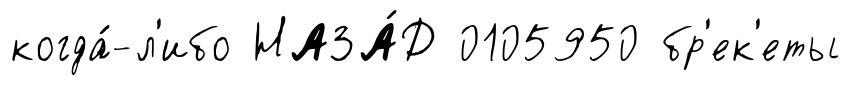
когда́-л'ибо НАЗА́Д 0105950 бр'ек'еты